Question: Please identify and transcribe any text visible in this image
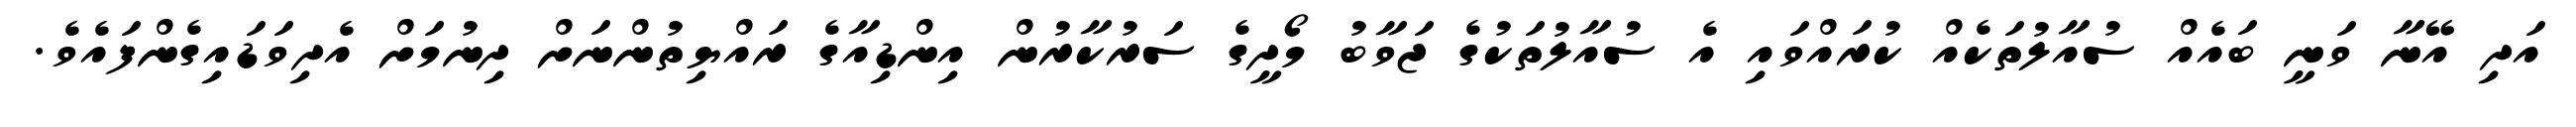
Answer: އަދި އޭނާ ވަނީ ބައެއް ސުއާލުތަކެއް ކުރައްވައި އެ ސުއާލުތަކުގެ ޖަވާބު މޯދީގެ ސަރުކާރުން އިންޑިއާގެ ރައްޔިތުންނަށް ދިނުމަށް އެދިވަޑައިގެންފައެވެ.